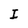
Character: I